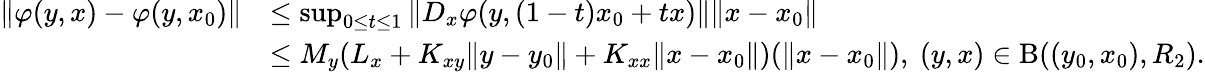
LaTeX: \begin{array}{rl}{\Vert\varphi(y,x)-\varphi(y,x_{0})\Vert}&{\leq\operatorname*{sup}_{0\leq t\leq 1}\Vert D_{x}\varphi(y,(1-t)x_{0}+tx)\Vert\Vert x-x_{0}\Vert}\\ &{\leq M_{y}(L_{x}+K_{xy}\Vert y-y_{0}\Vert+K_{xx}\Vert x-x_{0}\Vert)(\Vert x-x_{0}\Vert),\ (y,x)\in\mathrm{B}((y_{0},x_{0}),R_{2}).}\end{array}